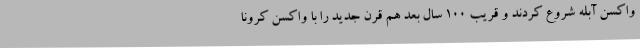
واکسن آبله شروع کردند و قریب 100 سال بعد هم قرن جدید را با واکسن کرونا